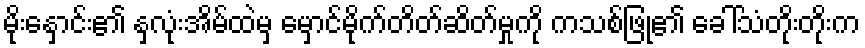
မိုးနှောင်း၏ နှလုံးအိမ်ထဲမှ မှောင်မိုက်တိတ်ဆိတ်မှုကို ကသစ်ဖြု၏ ခေါ်သံတိုးတိုးက